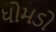
ધોમડો